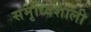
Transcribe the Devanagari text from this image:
समृध्दिशाली